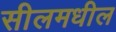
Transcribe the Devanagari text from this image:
सीलमधील